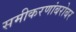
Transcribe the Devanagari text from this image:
समीकरणांबरोबर